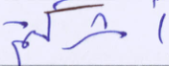
أشركتم